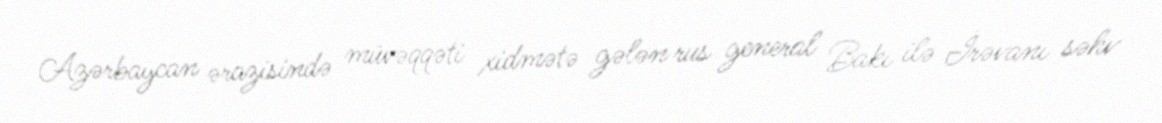
Azərbaycan ərazisində müvəqqəti xidmətə gələn rus general Bakı ilə İrəvanı səhv